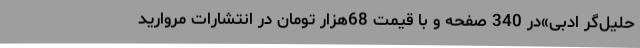
حلیل‌گر ادبی»در 340 صفحه و با قیمت 68هزار تومان در انتشارات مروارید